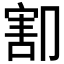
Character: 𰃫